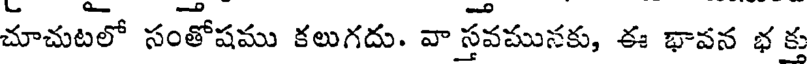
చూచుటలో సంతోషము కలుగదు. వా స్తవమునకు, ఈ భావన భక్త